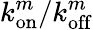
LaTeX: k_{\mathrm{on}}^{m}/k_{\mathrm{off}}^{m}